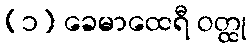
(၁) ခေမာထေရီ ဝတ္ထု